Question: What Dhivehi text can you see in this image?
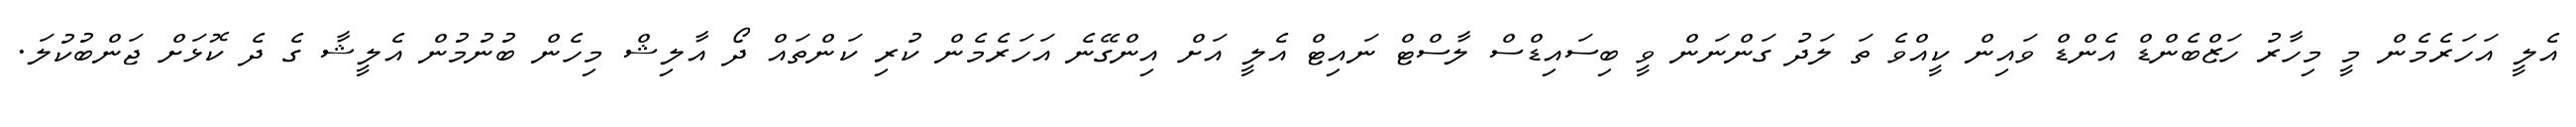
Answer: އެލީ އަހަރެމެން މީ މިހާރު ހަޒްބެންޑް އެންޑް ވައިން ކީއްވެ ތަ ލަދު ގަންނަން ވީ ބިސައިޑްސް ލާސްޓް ނައިޓް އެލީ އަށް އިންގޭނެ އަހަރެމެން ކުރި ކަންތައް ދޯ އާލިޝް މިހެން ބުނުމުން އެލީޝާ ގެ ދެ ކޮޅަށް ޖަންބުކުލަ.